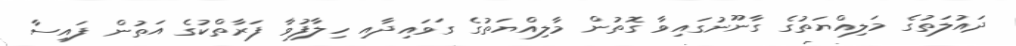
ދައުލަތުގެ މަލިއްޔަތުގެ ގާނޫނުގައިވާ ގޮތުން މާލިއްޔަތުގެ ގަވައިދާއި ހިލާފުވާ ފަރާތްކުގެ އަތުން ފައިސާ